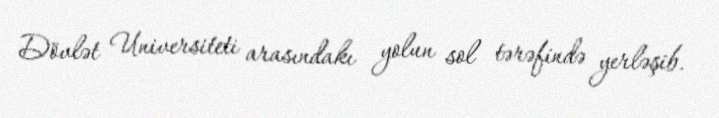
Dövlət Universiteti arasındakı yolun sol tərəfində yerləşib.